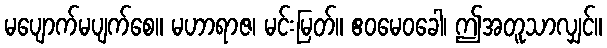
မပျောက်မပျက်စေ။ မဟာရာဇ၊ မင်းမြတ်။ ဧဝမေဝခေါ၊ ဤအတူသာလျှင်။